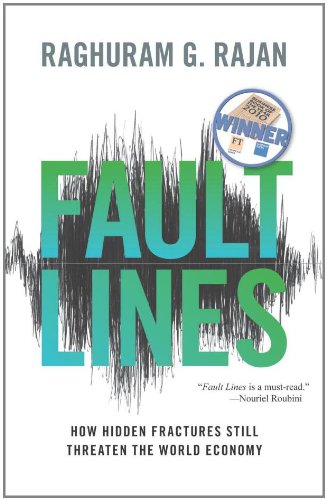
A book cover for Fault Lines: How Hidden Fractures Still Threaten the World Economy; Raghuram G. Rajan; Business & Money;